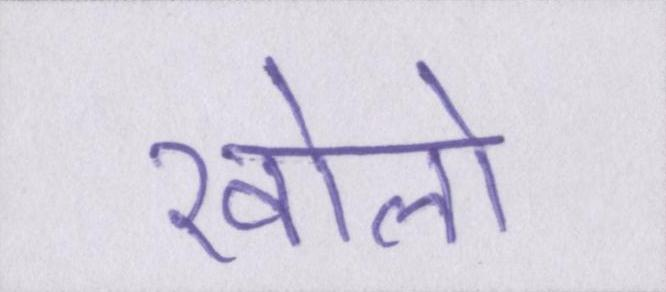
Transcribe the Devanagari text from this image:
खोलो